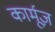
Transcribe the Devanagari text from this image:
कार्मूज़